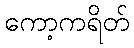
ကော့ကရိတ်